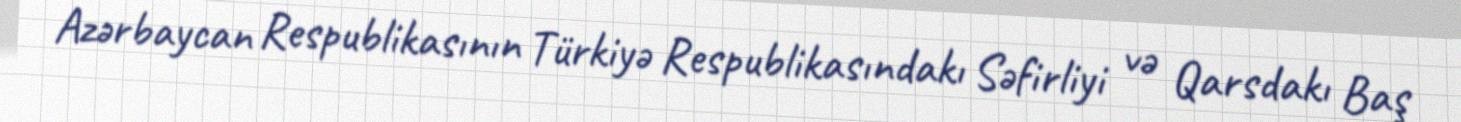
Azərbaycan Respublikasının Türkiyə Respublikasındakı Səfirliyi və Qarsdakı Baş